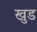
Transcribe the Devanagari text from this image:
खुड